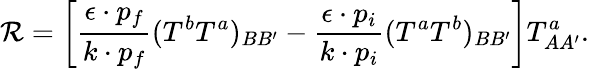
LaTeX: {\cal R}=\left[\frac{\epsilon\cdot p_{f}}{k\cdot p_{f}}(T^{b}T^{a})_{BB^{\prime}}-\frac{\epsilon\cdot p_{i}}{k\cdot p_{i}}(T^{a}T^{b})_{BB^{\prime}}\right]T_{AA^{\prime}}^{a}.